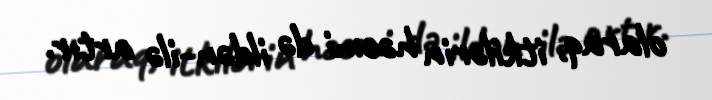
olaraq, itkilərin həcmi də ildən-ilə artır.